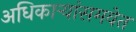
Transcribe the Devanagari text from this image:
अधिकार्‍यांसमवेत